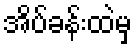
အိပ်ခန်းထဲမှ